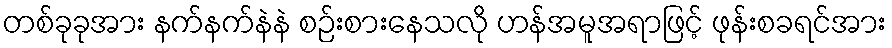
တစ်ခုခုအား နက်နက်နဲနဲ စဉ်းစားနေသလို ဟန်အမူအရာဖြင့် ဖုန်းစခရင်အား